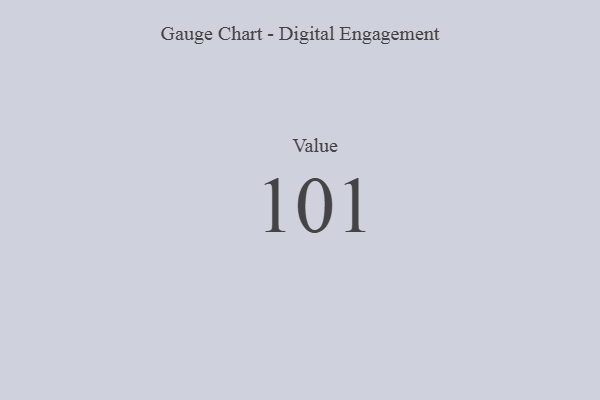
{"axis": {"x": "Metric", "y": "Value"}, "legend": [""], "data": [{"x": "Value", "y": 101, "type": ""}]}